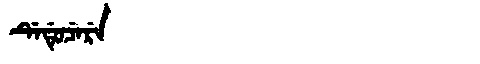
Manchu: ᡩᡝᡩᡠᠴᡝᡵᡝ
Romanization: DEDUCERE